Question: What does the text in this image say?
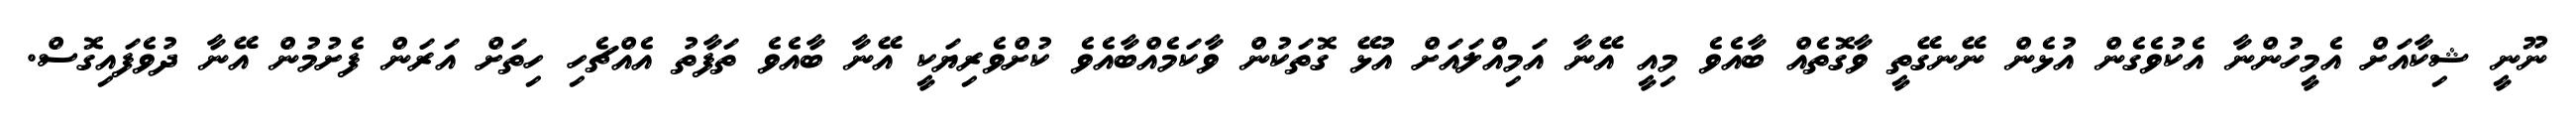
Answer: ނޫނީ ޝިކާއަށް އެމީހުންނާ އެކުވެގެން އުޅެން ނޭނގޭތީ ވާގޮތެއް ބާއެވެ މިއީ އޭނާ އަމިއްލައަށް އުޅޭ ގޮތަކުން ވާކަމެއްބާއެވެ ކުށްވެރިޔަކީ އޭނާ ބާއެވެ ތަފާތު އެއްޗެހި ހިތަށް އަރަން ފެށުމުން އޭނާ ދުވެފައިގޮސް.